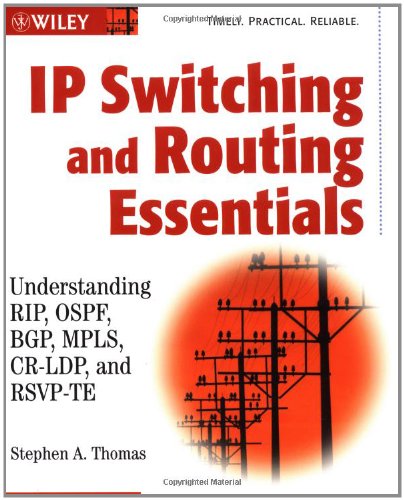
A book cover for IP Switching and Routing Essentials: Understanding RIP, OSPF, BGP, MPLS, CR-LDP, and RSVP-TE; Stephen A. Thomas; Computers & Technology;